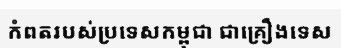
កំពតរបស់ប្រទេសកម្ពុជា ជាគ្រឿងទេស